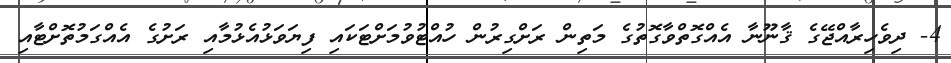
4- ދިވެހިރާއްޖޭގެ ޤާނޫނާ އެއްގޮތްވާގޮތުގެ މަތިން ރަށްގިރުން ހުއްޓުވުމަށްޓަކައި ފިޔަވަޅުއެޅުމާއި ރަށުގެ އެއްގަމުތޮށްޓާއި